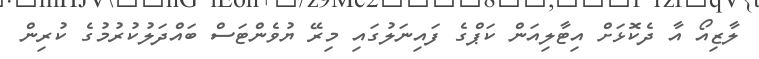
ލާޒިއޯ އާ ދެކޮޅަށް އިޓާލިއަން ކަޕްގެ ފައިނަލުގައި މިރޭ ޔުވެންޓަސް ބައްދަލުކުރުމުގެ ކުރިން